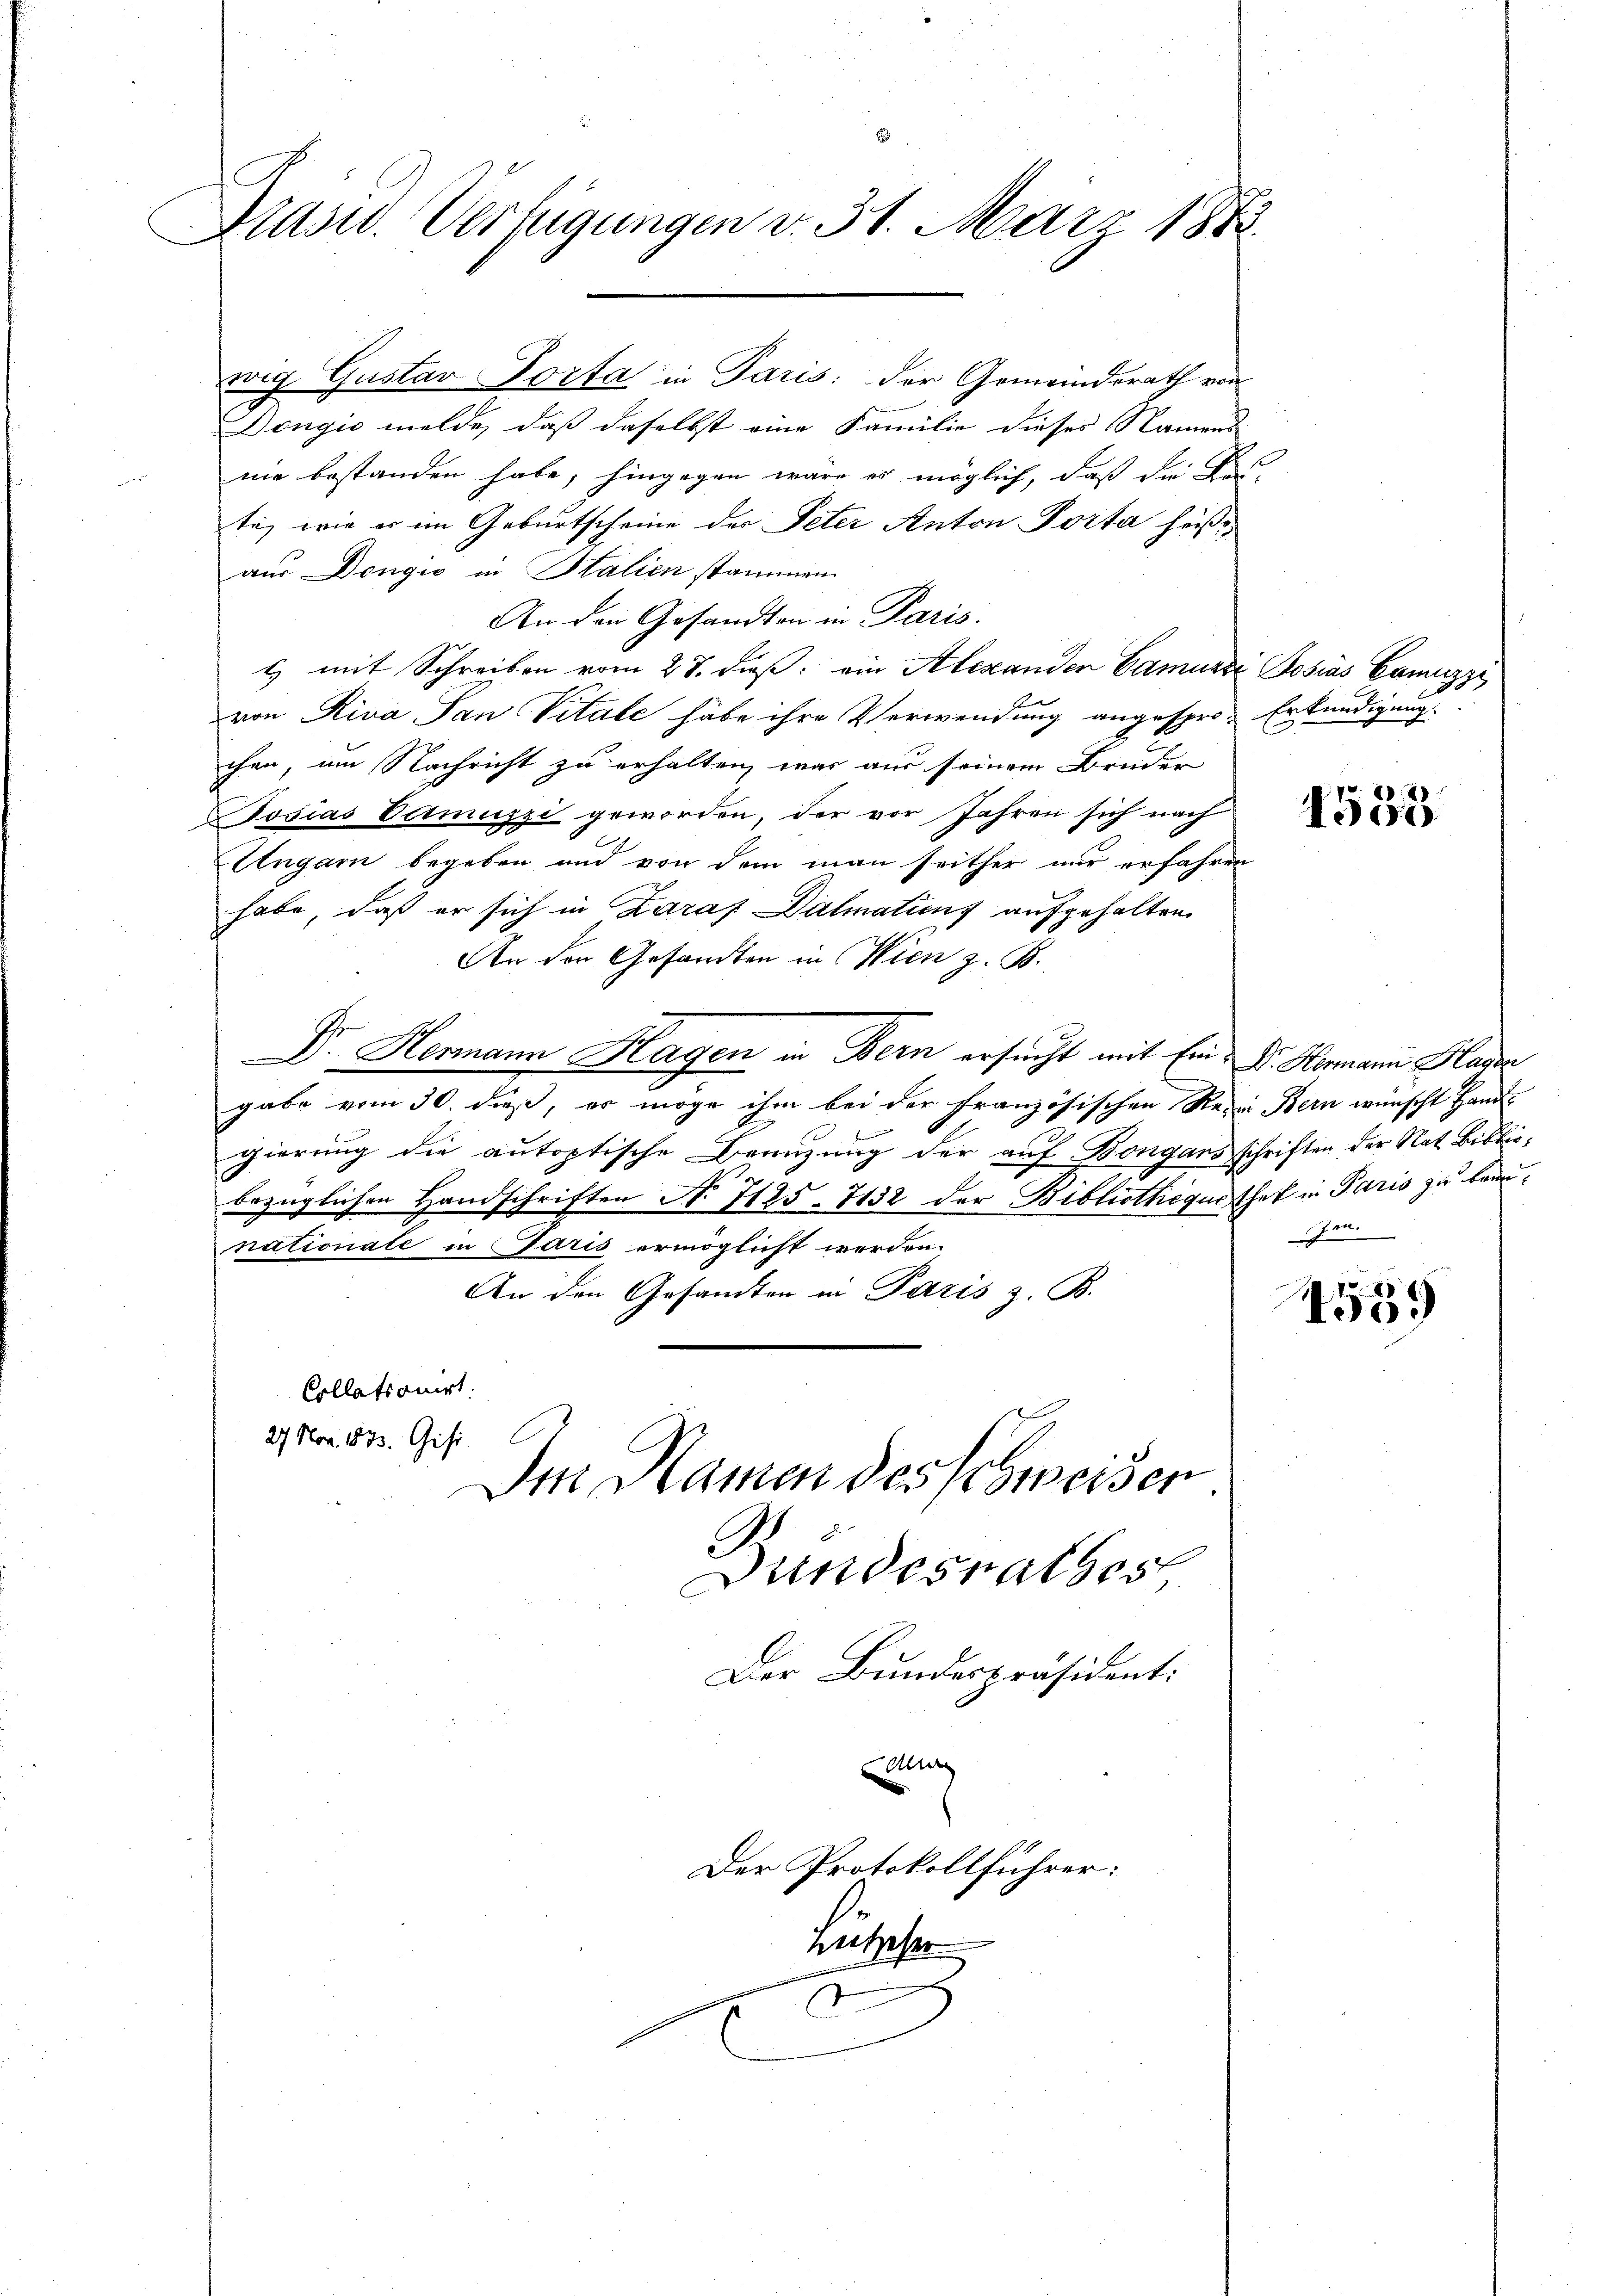
Präsid. Verfügungen v. 31. März 1882.

Dongio melde, daß daselbst eine Familie dieses Namens
nie bestanden habe, hingegen wäre es möglich, daß die Fr
te, wie er im Geburtscheine der Peter Anton Porta heiße
aus Dongić in Italien stammen.
An den Gesandten in Paris.
t) mit Schreiben vom 28. dieß ein Alexander Camurse Posias Camuzzi
von Riva San Vitale habe ihre Verwendung angespro- Erkundigung.
chen, um Nachricht zu erhalten, was aus seinem Bruder
Todias Votmuzzi geworden, der vor Jahren sich nach
1.
Ungarn begeben und von dem man seither nur erfahren
habe, daß er sich in Zaraf Dalmatiens aufgehalten
An den Gesandten in Wien z. B.
Dr. Hermann Hagen in Bern ersucht mit Ein Dr. Hammann Hader
gabe vom 30. dieß, er möge ihm bei der Französischen Rede Bern wünscht Hand-
gierung die autoptische Benuzung der auf Bongaus schriften der Rat Bibliobezüglichen Handschriften No 7125-7132 der Bibliothequisthet in Paris zu beannationale in Paris ermöglicht werden.
An den Gesamten in Paris z. B.
Collationirt.
27 Nov. 1833. Gisi
Im Namen des schweiser
undesrathes
x
Der Bundespräsident:
ding
Der Protokollführer:
Hetzeser
g

wig Gustav Porta in Paris; der Gemeinderath von

Jan.

4559